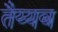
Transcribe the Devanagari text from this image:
तैय्यब